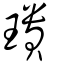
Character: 璝